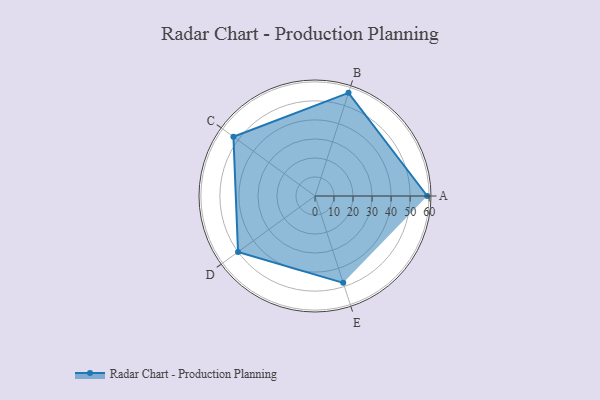
{"axis": {"x": "Skill", "y": "Score"}, "legend": ["Profile"], "data": [{"x": "A", "y": 59.0, "type": "Profile"}, {"x": "B", "y": 57.0, "type": "Profile"}, {"x": "C", "y": 53.0, "type": "Profile"}, {"x": "D", "y": 50.0, "type": "Profile"}, {"x": "E", "y": 48.0, "type": "Profile"}]}